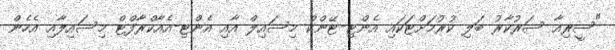
"ސީރިއާ ސަރުކާރު ބަލި ކުރުމަށްޓަކައި އެންޓި-ޓޭންކް މިސައިލް އާއި އެންޓި-އެއާކްރާފްޓް މިސައިލާއި އެހެން